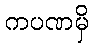
ကပဏမှိ